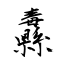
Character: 纛